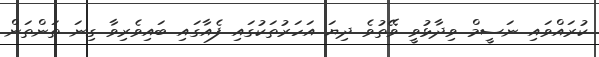
ކުރައްވައި ނަސީމް ވިދާޅުވީ ވޭތުވެ ދިޔަ އަހަރުތަކުގައި ފެއާގައި ބައިވެރިވާ ގިނަ ތަންތަން